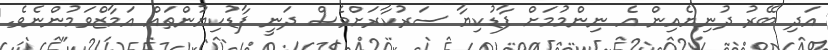
އަދި ބޭރު ދުނިޔެއިން އެ ނިންމުމަށް ފާޑުކިޔާ ސަރުކާރަށްވެސް ދަނީ ފާޑުކިޔުންތައް އަމާޒްވަމުންނެވެ.